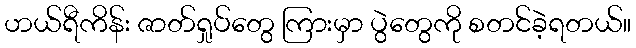
ဟယ်ရီကိန်း ဇာတ်ရှုပ်တွေ ကြားမှာ ပွဲတွေကို စတင်ခဲ့ရတယ်။